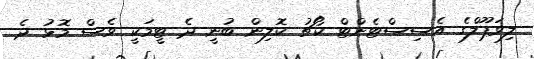
ލިވަޕޫލްގެ އެސިސްޓެންޓް ކޯޗު ކޮލިން ބުނީ ދެ ޓީމަކީ ވެސް މޮޅު ދެ